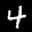
Label: 4